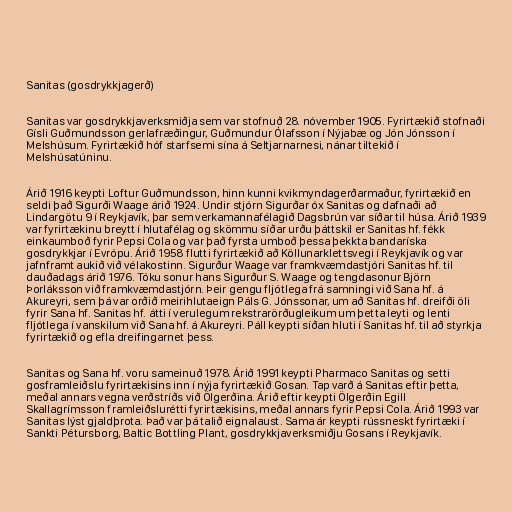
Sanitas (gosdrykkjagerð)

Sanitas var gosdrykkjaverksmiðja sem var stofnuð 28. nóvember 1905. Fyrirtækið stofnaði
Gísli Guðmundsson gerlafræðingur, Guðmundur Ólafsson í Nýjabæ og Jón Jónsson í
Melshúsum. Fyrirtækið hóf starfsemi sína á Seltjarnarnesi, nánar tiltekið í
Melshúsatúninu.

Árið 1916 keypti Loftur Guðmundsson, hinn kunni kvikmyndagerðarmaður, fyrirtækið en
seldi það Sigurði Waage árið 1924. Undir stjórn Sigurðar óx Sanitas og dafnaði að
Lindargötu 9 í Reykjavík, þar sem verkamannafélagið Dagsbrún var síðar til húsa. Árið 1939
var fyrirtækinu breytt í hlutafélag og skömmu síðar urðu þáttskil er Sanitas hf. fékk
einkaumboð fyrir Pepsi Cola og var það fyrsta umboð þessa þekkta bandaríska
gosdrykkjar í Evrópu. Árið 1958 flutti fyrirtækið að Köllunarklettsvegi í Reykjavík og var
jafnframt aukið við vélakostinn. Sigurður Waage var framkvæmdastjóri Sanitas hf. til
dauðadags árið 1976. Tóku sonur hans Sigurður S. Waage og tengdasonur Björn
Þorláksson við framkvæmdastjórn. Þeir gengu fljótlega frá samningi við Sana hf. á
Akureyri, sem þá var orðið meirihlutaeign Páls G. Jónssonar, um að Sanitas hf. dreifði öli
fyrir Sana hf. Sanitas hf. átti í verulegum rekstrarörðugleikum um þetta leyti og lenti
fljótlega í vanskilum við Sana hf. á Akureyri. Páll keypti síðan hluti í Sanitas hf. til að styrkja
fyrirtækið og efla dreifingarnet þess.

Sanitas og Sana hf. voru sameinuð 1978. Árið 1991 keypti Pharmaco Sanitas og setti
gosframleiðslu fyrirtækisins inn í nýja fyrirtækið Gosan. Tap varð á Sanitas eftir þetta,
meðal annars vegna verðstríðs við Ölgerðina. Árið eftir keypti Ölgerðin Egill
Skallagrímsson framleiðslurétti fyrirtækisins, meðal annars fyrir Pepsi Cola. Árið 1993 var
Sanitas lýst gjaldþrota. Það var þá talið eignalaust. Sama ár keypti rússneskt fyrirtæki í
Sankti Pétursborg, Baltic Bottling Plant, gosdrykkjaverksmiðju Gosans í Reykjavík.